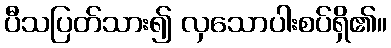
ပီသပြတ်သား၍ လှသောပါးစပ်ရှိ၏။